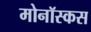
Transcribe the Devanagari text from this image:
मोनॉस्कस